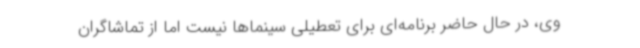
وی، در حال حاضر برنامه‌ای برای تعطیلی سینماها نیست اما از تماشاگران